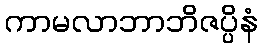
ကာမလာဘာဘိဇပ္ပိနံ